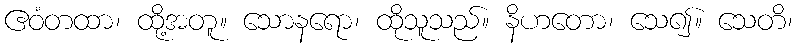
ဧဝံတထာ၊ ထို့အတူ။ သောနရော၊ ထိုသူသည်။ နိဟတော၊ သေ၍။ သေတိ၊